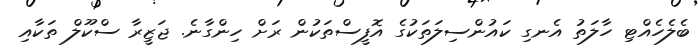
ބެލެހެއްޓި ހާލަތު އެނގި ކައުންސިލަތަކުގެ އޮފީސްތަކުން ރަށް ހިންގާނެ. ޖަޒީރާ ސްކޫލް ތަކާއި